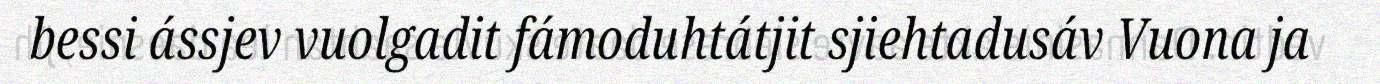
bessi ássjev vuolgadit fámoduhtátjit sjiehtadusáv Vuona ja